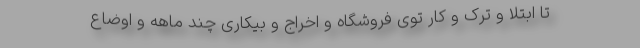
تا ابتلا و ترک و کار توی فروشگاه و اخراج و بیکاری چند ماهه و اوضاع